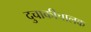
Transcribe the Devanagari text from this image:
दुचाकीचालक